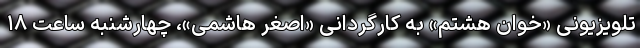
تلویزیونی «خوان هشتم» به کارگردانی «اصغر هاشمی»، چهارشنبه ساعت ۱۸